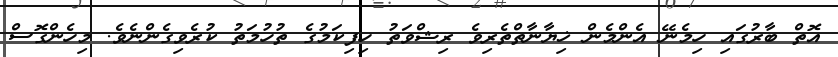
އޮތް ބާރުގައި ހިމެނޭ އެންމެން ޚިޔާނާތްތެރިވެ ރިޝްވަތު ހިފިކަމުގެ ތުހުމަތު ކުރެވިގެންނެވެ. މިހެންގޮސް